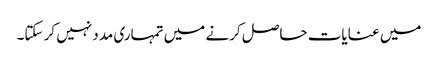
میں عنایات حاصل کرنے میں تمہاری مدد نہیں کر سکتا۔